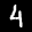
Label: 4